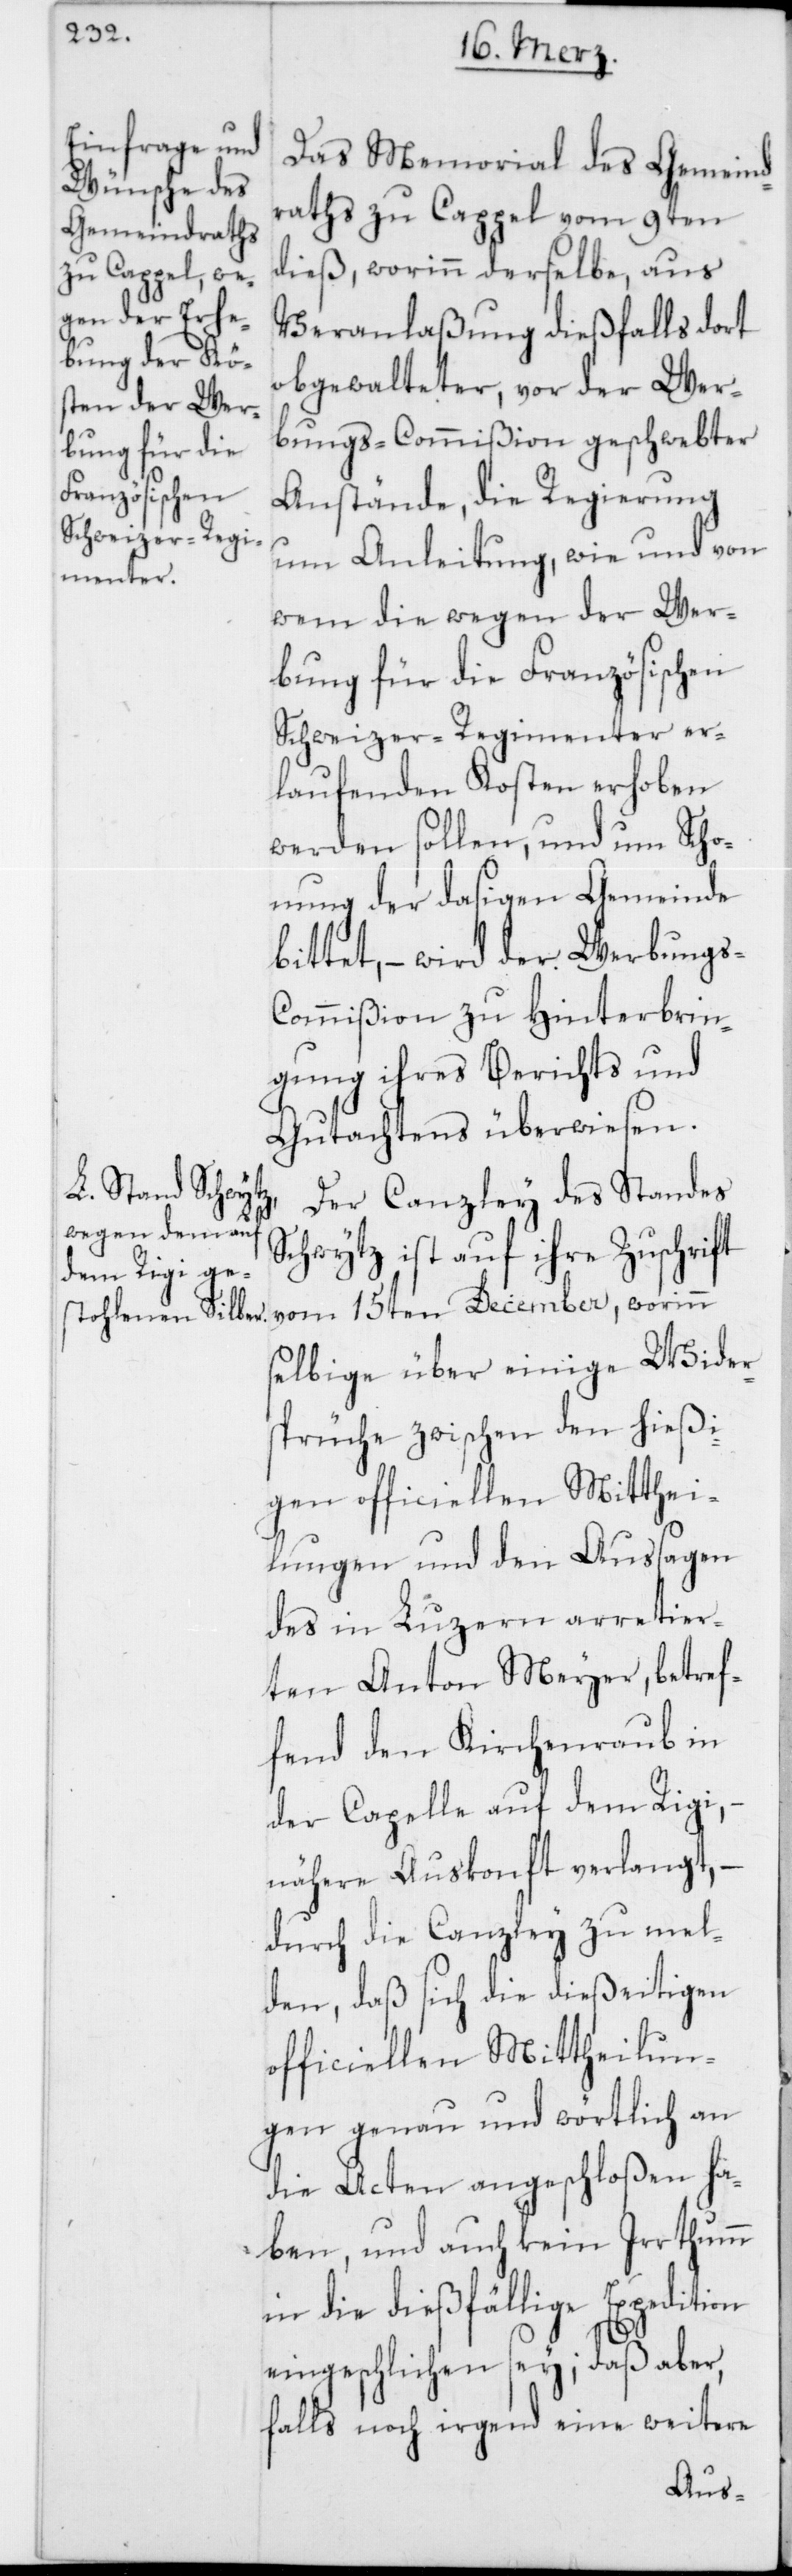
Das Memorial des Gemeind¬
raths zu Kappel vom 9ten
dieß, worinn derselbe, aus
Veranlaßung dießfalls dort
obgewalteter, vor der Wer¬
bungs-Commißion geschwebter
Anstände, die Regierung
um Anleitung, wie und von
wem die wegen der Wer¬
bung für die Französischen
Schweizer-Regimenter er¬
laufenden Kosten erhoben
werden sollen, und um Scho¬
nung der dasigen Gemeinde
bittet, – wird der Werbung¬
s-Commißion zu Hinterbrin¬
gung ihres Berichts und
Gutachtens überwiesen.
Der Canzley des Standes
Schwytz ist auf ihre Zuschrift
vom 15ten December, worinn
selbige über einige Wider¬
sprüche zwischen den hießi¬
gen officiellen Mitthei¬
lungen und den Aussagen
des in Luzern arretier¬
ten Anton Meyer, betref¬
fend den Kirchenraub in
der Capelle auf dem Rigi,
nähere Auskonft verlangt, –
durch die Canzley zu mel¬
den, daß sich die dießeitigen
officiellen Mittheilun¬
gen genau und wörtlich an
die Acten angeschloßen ha¬
ben, und auch kein Irrthumm
in die dießfällige Expedition
eingeschlichen sey; daß aber,
falls noch irgend eine weitere